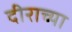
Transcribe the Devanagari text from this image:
दीराच्या